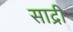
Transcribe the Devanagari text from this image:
साद्री